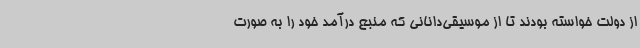
از دولت خواسته بودند تا از موسیقی‌دانانی که منبع درآمد خود را به صورت